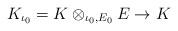
LaTeX: \begin{align*}K_{\iota_0} = K\otimes_{\iota_0,E_0}E\to K\end{align*}